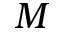
M